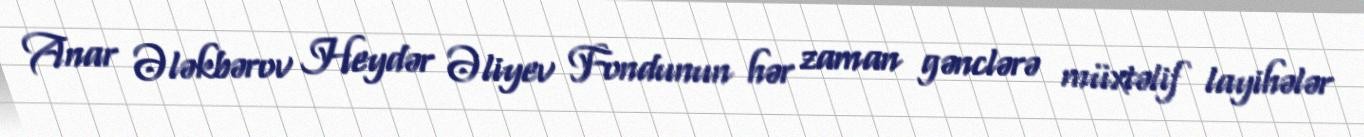
Anar Ələkbərov Heydər Əliyev Fondunun hər zaman gənclərə müxtəlif layihələr